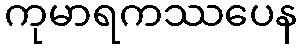
ကုမာရကဿပေန